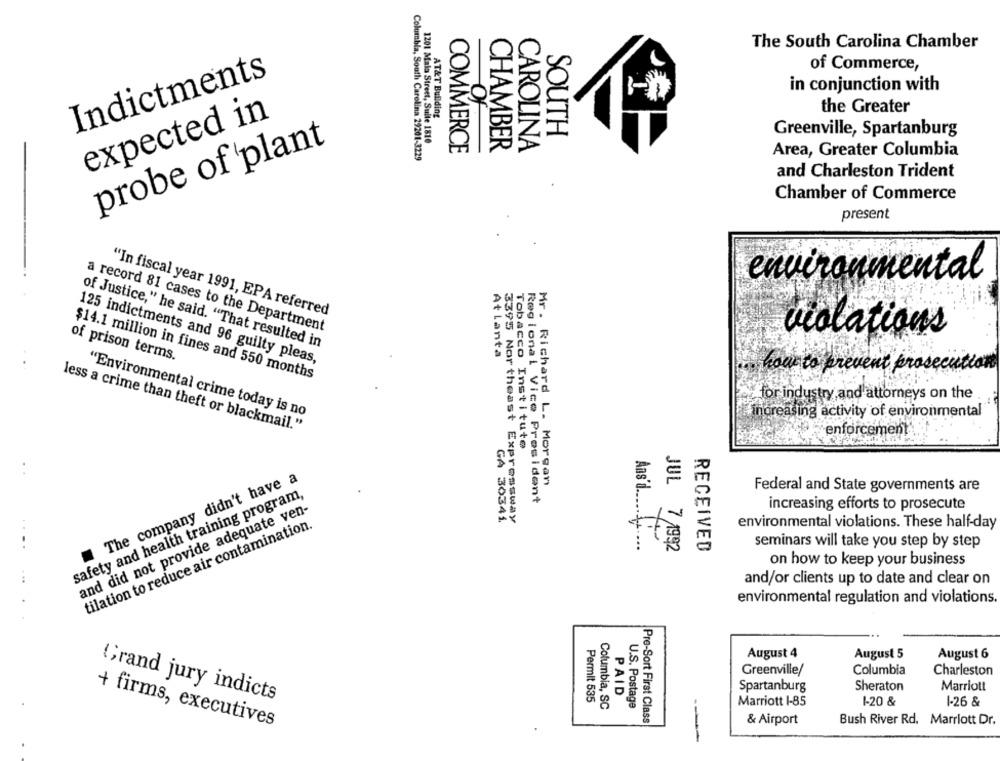
The South Carolina Chamber
of Commerce,
Indictments
in conjunction with
expected in
AT&T Building
-Of
the Greater
SOUTH
Greenville, Spartanburg
probe of 'plant
1201 Mala Street, Suite 1810
COMMERCE
CHAMBER
CAROLINA
Area, Greater Columbia
Columbia, South Carolina 29201-3229
and Charleston Trident
Chamber of Commerce
present
environmental
"In fiscal year 1991, EPA referred
a record 81 cases to the Department
violations
of Justice," he said. "That resulted in
of prison terms.
Atlanta
125 indictments and 96 guilty pleas,
how to prevent prosec
$14.1 million in fines and 550 months
for industry and attorneys on the
"Environmental crime today is no
increasing activity of environmental
less a crime than theft or blackmail."
enforcement
Tobacco Institute
The company didn't have a
Mr. Richard L. Morgan
Federal and State governments are
safety and health training program,
Regional Vice President
and did not provide adequate ven-
increasing efforts to prosecute
GA 30341
tilation to reduce air contamination.
3395 Nor theast Expressway
environmental violations. These half-day
Ans'd 1
....
JUL 7,1992
RECEIVED
seminars will take you step by step
on how to keep your business
. ..
and/or clients up to date and clear on
environmental regulation and violations.
August 4
August 5
August 6
Greenville/
Columbia
Charleston
PAID
Spartanburg
Sheraton
Marriott
Grand jury indicts
Permit 535
Columbia, SC
U.S. Postage
Marriott 1-85
1-20 &
1-26 &
Pre-Sort First Class
& Airport
Bush River Rd. Marriott Dr.
+ firms, executives
---